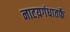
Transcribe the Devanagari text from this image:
नाटय़गंधातर्फे